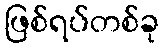
ဖြစ်ရပ်တစ်ခု